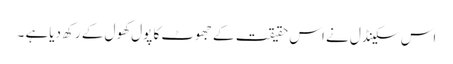
اس سکینڈل نے اس حقیقت کے جھوٹ کا پول کھول کے رکھ دیاہے ۔